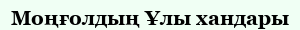
Моңғолдың Ұлы хандары